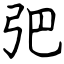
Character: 弝